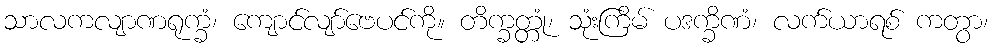
သာလကလျာဏရုက္ခံ၊ ကျောင်လျာ်ဗေပင်ကို။ တိက္ခတ္တုံ၊ သုံးကြိမ် ပဒက္ခိဏံ၊ လက်ယာရစ် ကတွာ၊